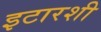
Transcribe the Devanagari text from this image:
इटारशी